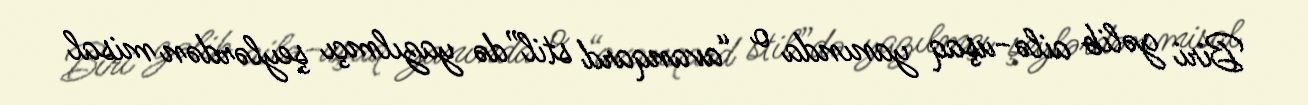
Biri gəlib ailə-uşaq yanında o “avanqard stil”də yazılmçı şeylərdən misal